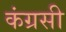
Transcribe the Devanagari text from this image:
कंग्रसी